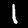
Label: 1